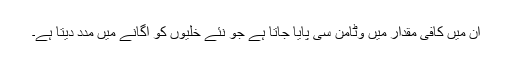
اِن میں کافی مقدار میں وٹامن سی پایا جاتا ہے جو نئے خلیوں کو اُگانے میں مدد دیتا ہے۔